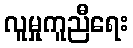
လူမှုကူညီရေး